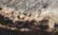
كابريكا